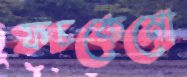
ফচকেমো